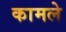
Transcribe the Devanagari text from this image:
कामले